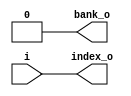
// This program was cloned from: https://github.com/chipsalliance/UHDM-integration-tests
// License: Apache License 2.0

/* Generated by Yosys 0.27+9 (git sha1 101d19bb6, gcc 11.2.0-7ubuntu2 -fPIC -Os) */

(* top =  1  *)

module bsg_hash_bank(i, bank_o, index_o);
  
  output bank_o;
  wire bank_o;
  
  input [15:0] i;
  wire [15:0] i;
  
  output [15:0] index_o;
  wire [15:0] index_o;
  assign bank_o = 1'h0;
  assign index_o = i;
endmodule